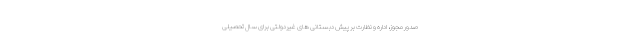
صدور مجوز، اداره و نظارت بر پیش دبستانی های غیردولتی برای سال تحصیلی